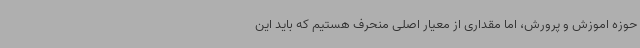
حوزه اموزش و پرورش، اما مقداری از معیار اصلی منحرف هستیم که باید این